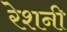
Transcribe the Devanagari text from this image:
रेशनी